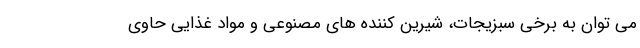
می توان به برخی سبزیجات، شیرین کننده های مصنوعی و مواد غذایی حاوی